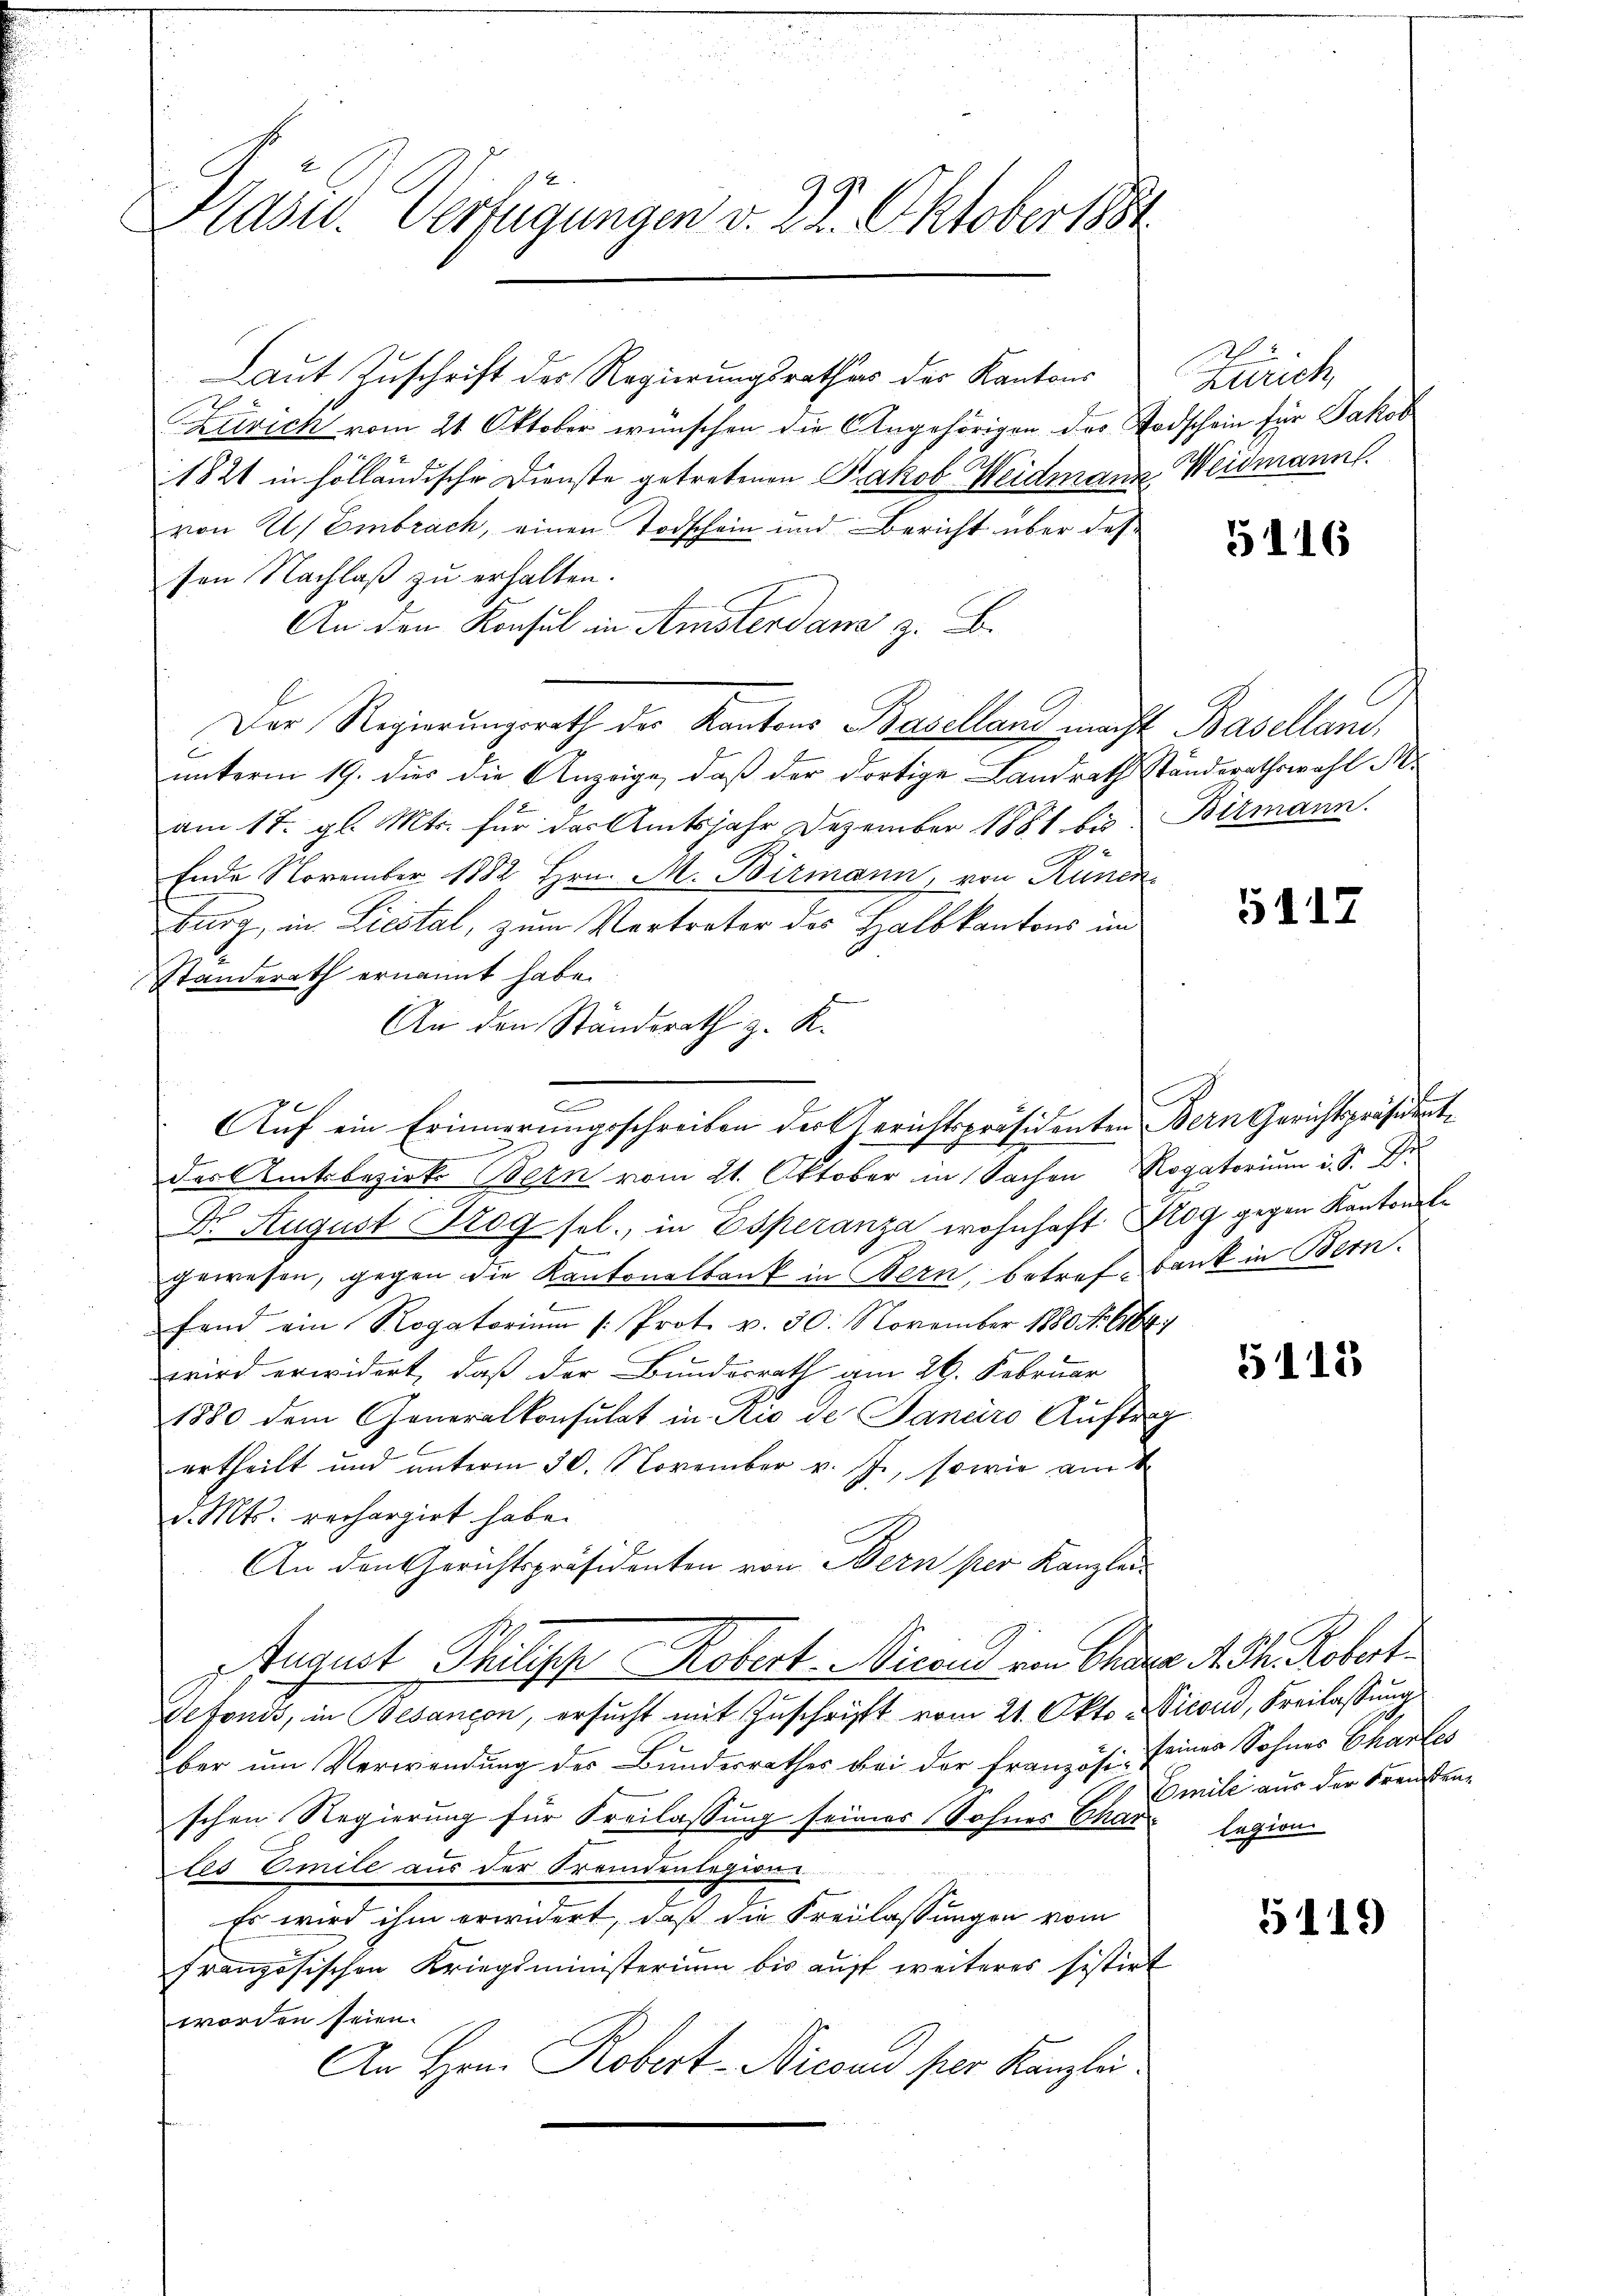
Hasu. Verfügungen v. 2. S. Oktober 1881

Laut Zuschrift der Regierungsrathes der Kantons
Zuvich vom 21. Oktober wünschen die Angehörigen des Todschein für Jakob
1821 in holländische Dienste getretenen Jakob Weidmann Weidmann.
von 2/ Embrach, einen Todschein und Bericht über des
sen Nachlaß zu erhalten.
An den Konsul in Amsterdan z. B.
Der Regierungsrath der Kantons Baselland macht Baselland,
unterm 19. dies die Anzeige, daß der dortige Landrath Ständerathswahl M.
am 17. gl. Mts. für das Amtsjahr Dezember 1881 bis Bismann.
Ende November 1882 Hrn. M. Birmann, von Kunerburg, in Liestal, zum Vertreter des Halbkantons im
Standerath ernannt habe.
An den Standsrath z. K.
.
d
des Amtsbezirks Bern vom 21. Oktober in Sachen Rogatorium i. S. Di
Dr. August Trog sel., in Esperanza wohnhaft Prog gegen Kantonalgewesen, gegen die Kantonalbank in Bern, betref-bank in Bern.
fand ein Rogatorium /: Prot. v. 30. November 1880 No 6164
wird erwidert, daß der Bundesrath am 26. Februar
1880 dem Generalkonsulat in Rio de Janeiro Auftrag
urtheilt und unterm 30. November v. J., sowie am 2
d. Mts. rechargirt habe.
An den Gerichtspräsidenten von Bern per Kanzlei-
August Philische Robert. Nicen dem Cham 4. d. Kobert
Defonis, in Besançon, ersucht mit Zuschrift vom 21. Okto Nicond, Freilassung
ber um Verwendung des Bundesrathes bei der Französ. seines Sohnes Chartes
schen Regierung für Freilassung seines Sohnes That legion
les Emile aus der Fremdenlegione
Es wird ihm erwidert, daß die Freilassungen vom
französischen Kriegsministerium bis auf weiteres sistirt
worden seien.
An Hrn. Robert-Nicand per Kanzlei.

Auf ein Erinnerungsschreiben der Gerichtspräsidenten Bern Gerichtspräsident¬

Zürich

5116

5117

5113

Emile aus der Freuden¬

5119